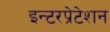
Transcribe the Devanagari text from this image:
इन्टरप्रेटेशन